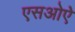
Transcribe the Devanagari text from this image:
एसओऐ